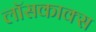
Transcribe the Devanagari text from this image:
लॉसकाक्स